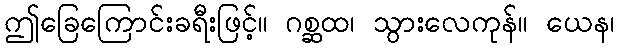
ဤခြေကြောင်းခရီးဖြင့်။ ဂစ္ဆထ၊ သွားလေကုန်။ ယေန၊